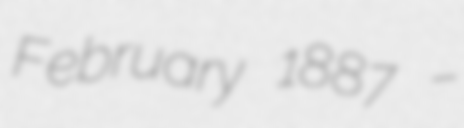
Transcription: February 1887 –